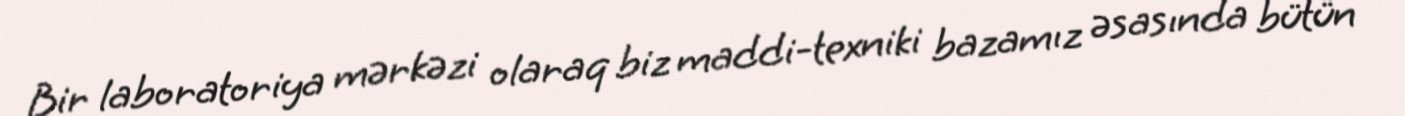
Bir laboratoriya mərkəzi olaraq biz maddi-texniki bazamız əsasında bütün